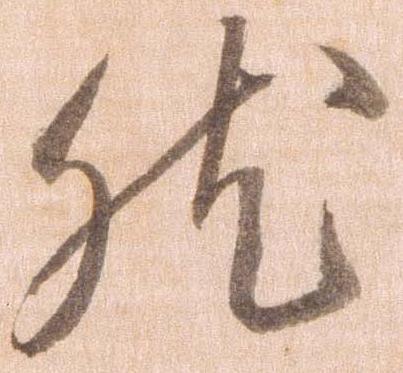
然